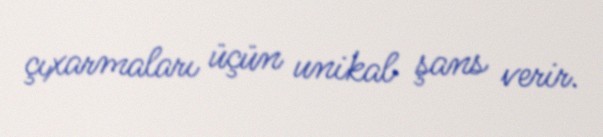
çıxarmaları üçün unikal şans verir.